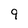
Character: 9